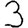
Digit: 3